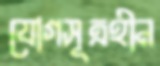
যোগসূত্রহীন